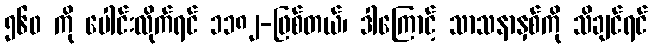
၅၆၀ ကို ပေါင်းလိုက်ရင် ၁၁၈၂-ဖြစ်တယ်၊ ဒါကြောင့် သာသနာနှစ်ကို သိချင်ရင်